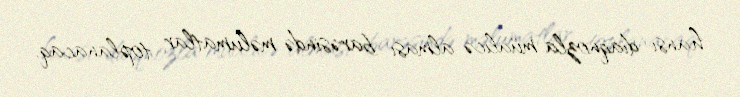
hansı diaqnozla müalicə alması barəsində məlumatlar toplanacaq.